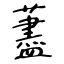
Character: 藎